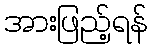
အားဖြည့်ရန်